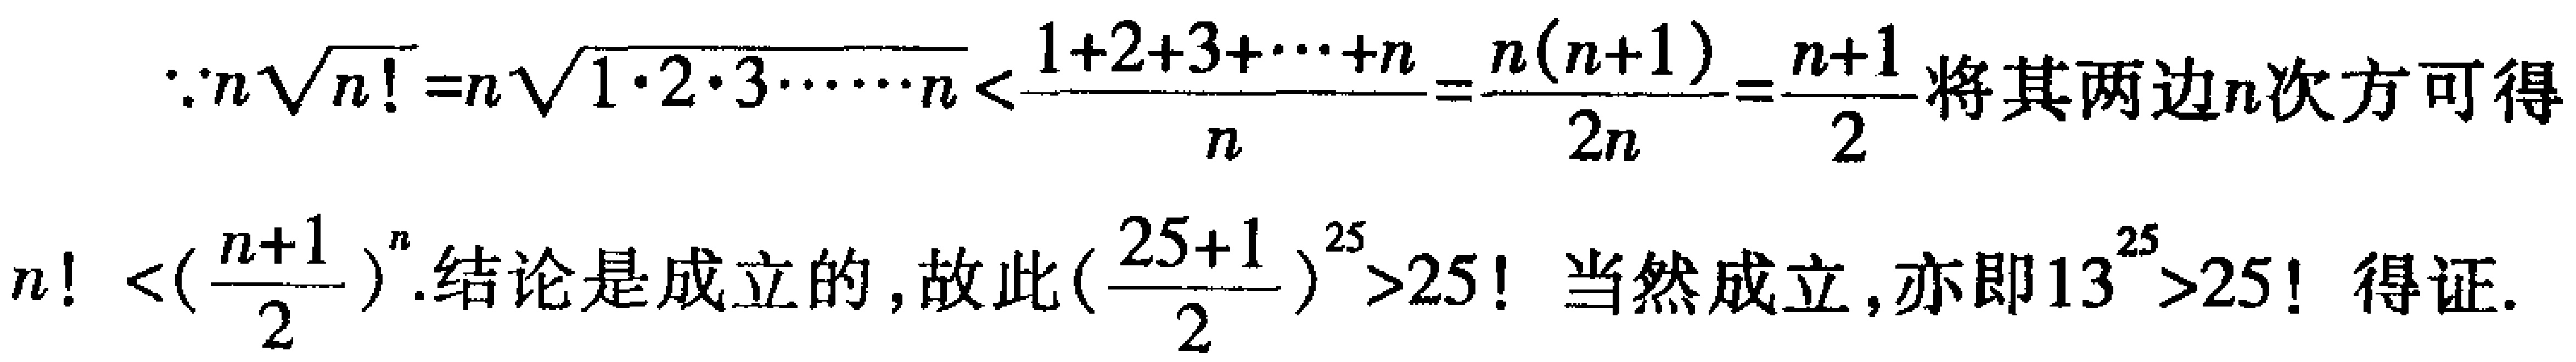
\[\because n\sqrt[n]{n!}=n\sqrt[n]{1\cdot 2\cdot 3\cdot\cdots\cdot n}<\frac{1 + 2+3+\cdots + n}{n}=\frac{n(n + 1)}{2n}=\frac{n + 1}{2}\]
将其两边\(n\)次方可得
\[n!<\left(\frac{n + 1}{2}\right)^n\]
结论是成立的，故此\(\left(\frac{25 + 1}{2}\right)^{25}>25!\)当然成立，亦即\(13^{25}>25!\)得证.